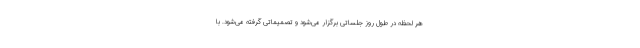
هر لحظه در طول روز جلساتی برگزار می‌شود و تصمیماتی گرفته می‌شود. با